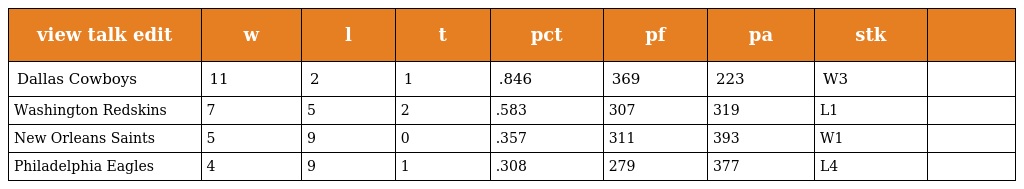
| view talk edit | w | l | t | pct | pf | pa | stk |  |
 | --- | --- | --- | --- | --- | --- | --- | --- | --- |
 | Dallas Cowboys | 11 | 2 | 1 | .846 | 369 | 223 | W3 |  |
 | Washington Redskins | 7 | 5 | 2 | .583 | 307 | 319 | L1 |  |
 | New Orleans Saints | 5 | 9 | 0 | .357 | 311 | 393 | W1 |  |
 | Philadelphia Eagles | 4 | 9 | 1 | .308 | 279 | 377 | L4 |  |